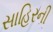
સાહિરની